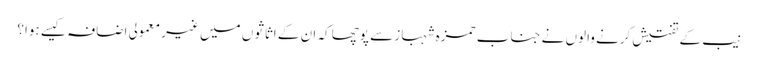
نیب کے تفتیش کرنے والوں نے جناب حمزہ شہباز سے پوچھا کہ ان کے اثاثوں میں غیر معمولی اضافہ کیسے ہوا؟